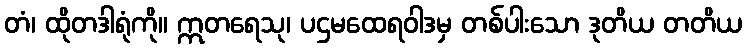
တံ၊ ထိုတဒါရုံကို။ ဣတရေသု၊ ပဌမထေရဝါဒမှ တစ်ပါးသော ဒုတိယ တတိယ